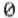
0